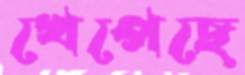
খেপেছে